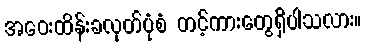
အဝေးထိန်းခလုတ်ပုံစံ တင့်ကားတွေရှိပါသလား။